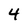
Character: 4